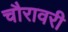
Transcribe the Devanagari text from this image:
चौरावरी